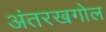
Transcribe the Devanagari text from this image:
अंतरखगोल